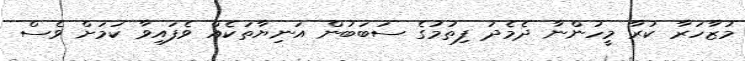
މުޒާހަރާ ކުރާ މީހުންނާ ދެމެދު ފިތުމުގެ ސަބަބުން އަނިޔާތަކެއް ވެފައިވާ ކަމަށް ވެސް